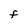
Character: F